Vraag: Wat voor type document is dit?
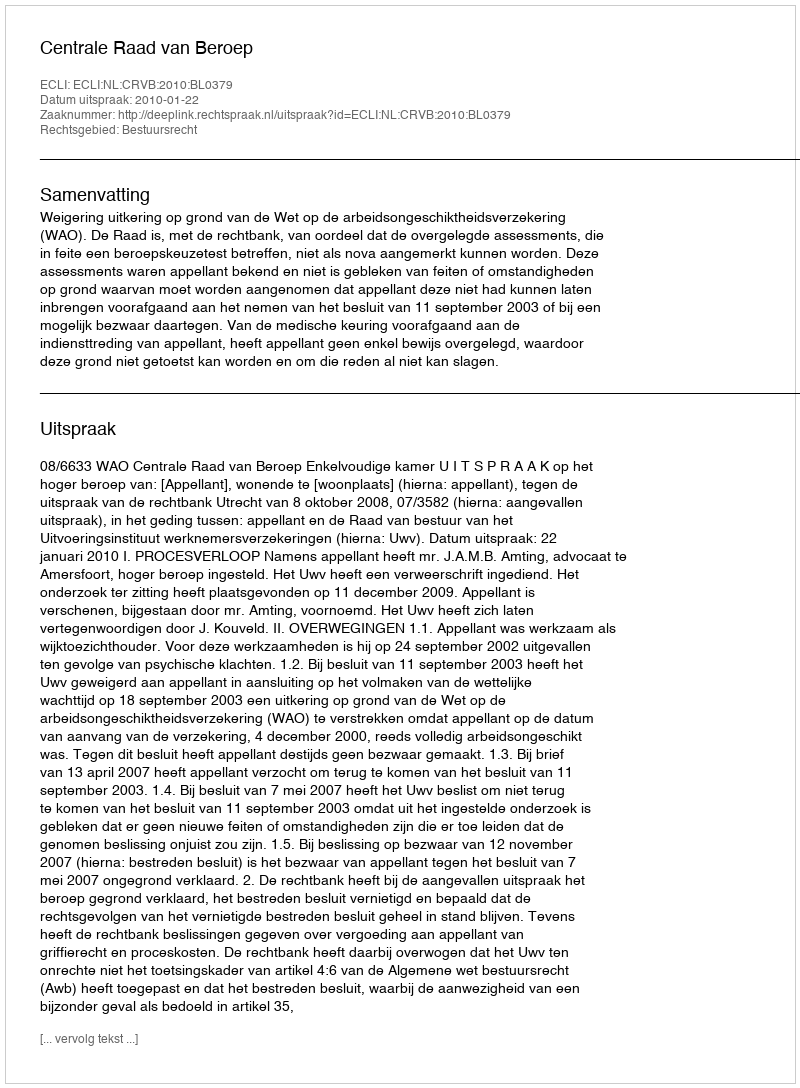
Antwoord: Uitspraak